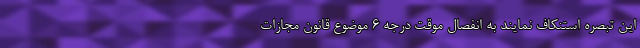
این تبصره استنکاف نمایند به انفصال موقت درجه ۶ موضوع قانون مجازات